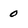
Character: 0